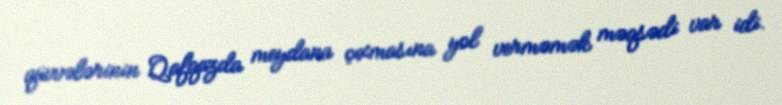
qüvvələrinin Qafqazda meydana çıxmasına yol verməmək məqsədi var idi.